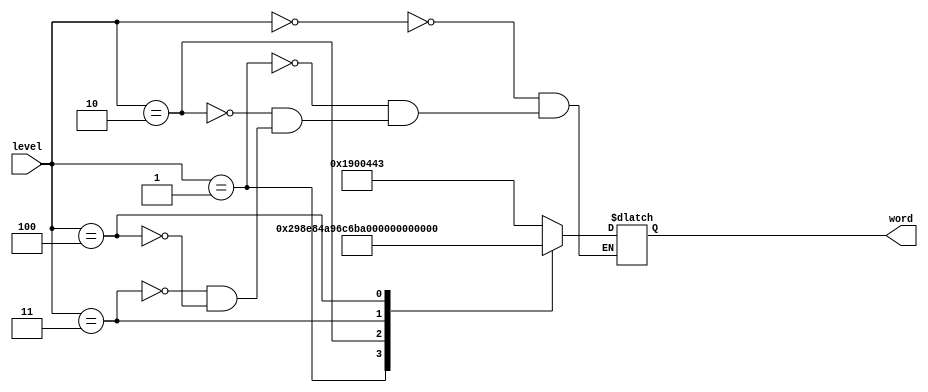
module words(
input [3:0] level, 
output reg [24:0]word);


//defines the words

always@(*)
begin

	case(level) 
			

				4'd0:  //zabcd
				begin
					word <= 25'b1100100000000010001000011;
				end
				
				4'd1:  //fghij
				begin
					word <= 25'b0010100110001110100001001;
				end
				
				4'd2:  //klmno
				begin
					word <= 25'b0101001011011000110101110;
				end
				
				4'd3:   //pqrst
				begin
					word <= 25'b0111110000100011001010011;
				end
				
				4'd4:   //uvwxy
				begin
					word <= 25'b1010010101101101011111000;
				end
				
		endcase
end
         // words changed to show the letters of the alphabet excluding e

endmodule